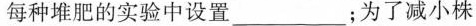
每种堆肥的实验中设置___；为了减小株